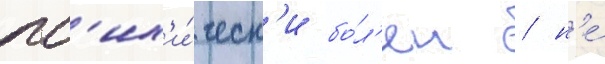
пс'их'и́ческ'и бо́л'ен / н'е́